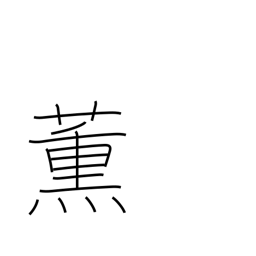
Meaning: smoke (tobacco)